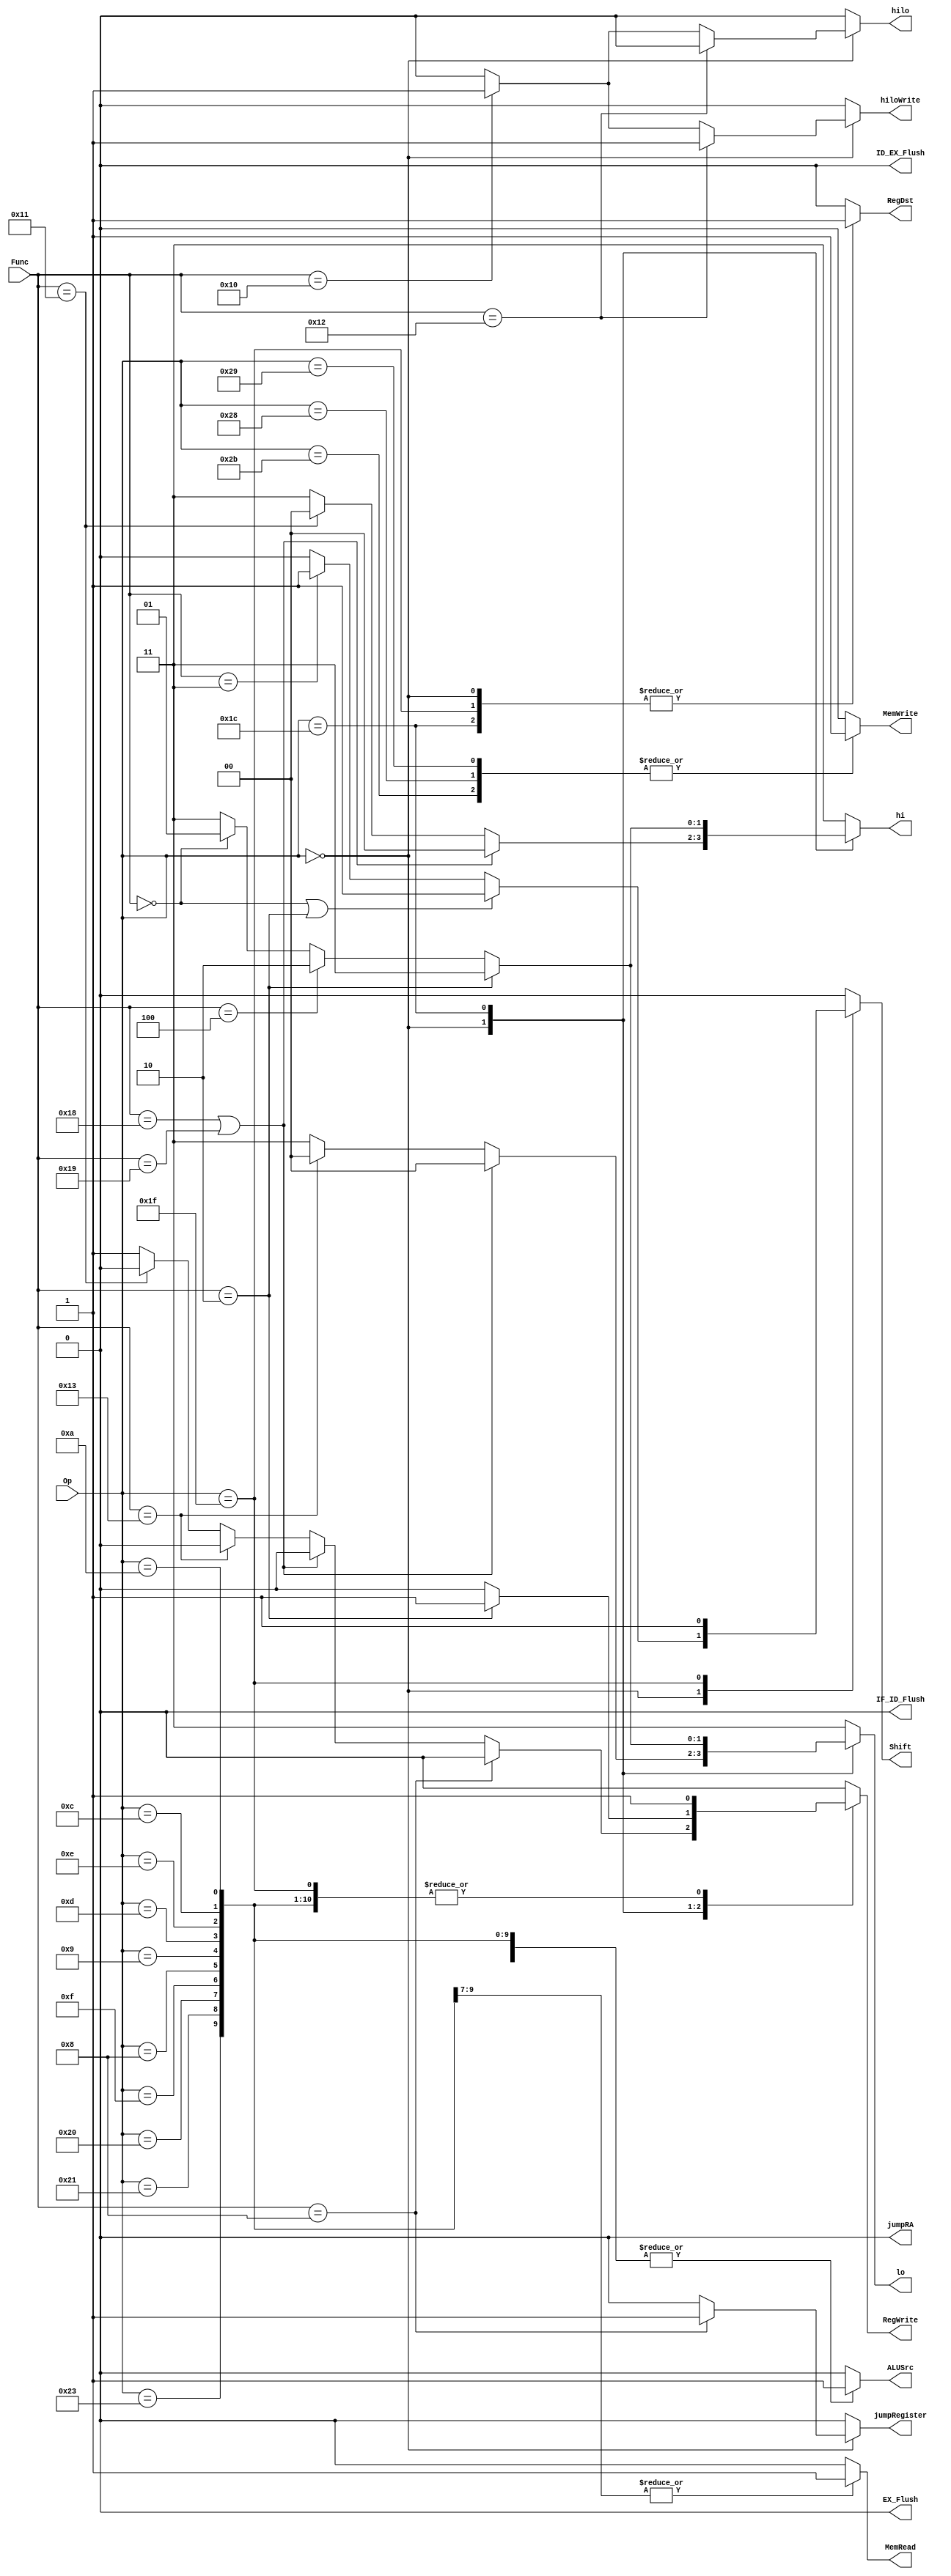
`timescale 1ns / 1ps
//////////////////////////////////////////////////////////////////////////////////
// Company: 
// Engineer: 
// 
// Design Name: 
// Module Name: Control
// Project Name: 
// Target Devices: 
// Tool Versions: 
// Description: 
// 
// Dependencies: 
// 
// Revision:
// Revision 0.01 - File Created
// Additional Comments:
// 
//////////////////////////////////////////////////////////////////////////////////

/*    Control Control_1(ID_instruction[31:26], ID_instruction[5:0], ID_RegDst, ID_Shift, ID_ALUSrc, ID_RegWrite,
                      ID_hilo, ID_hi, ID_lo, ID_hilowrite, jump, jumpRA, jumpRegister, writeRA, ID_MemRead, ID_MemWrite, IF_ID_Flush, ID_EX_Flush, EX_Flush); */

module Control(Op, Func, RegDst, Shift, ALUSrc, RegWrite, hilo, hi, lo , hiloWrite, jumpRA, jumpRegister, MemRead, MemWrite,
               IF_ID_Flush, ID_EX_Flush, EX_Flush);

input [5:0] Op, Func;
output reg [1:0] hi, lo;
output reg RegDst, Shift, ALUSrc, RegWrite, hilo, MemRead, MemWrite;
output reg hiloWrite, jumpRA, jumpRegister, IF_ID_Flush, ID_EX_Flush, EX_Flush; 


    initial begin
    
        IF_ID_Flush = 0;
        ID_EX_Flush = 0;
        EX_Flush = 0;
    end      

 
always@(Op or Func) begin
RegDst <= 0;
Shift <= 0;
ALUSrc <= 0;
RegWrite <= 0;
hilo <= 0;
hiloWrite <= 0;
jumpRegister  <= 0;
jumpRA <= 0;
MemRead <= 0;
MemWrite <= 0;
IF_ID_Flush <= 0;
ID_EX_Flush <= 0;
EX_Flush <= 0;
hi <= 2'b11;
lo <= 2'b11; //set hi lo to maintain by default
    
 
    case (Op)
    
    //R-Type
    6'b000000:
        begin
        if (Func == 6'b000000 || Func == 6'b000010) begin //SLL and ROTR, ROTR uses 21 flag
            RegWrite <= 1;
            Shift <= 1;
            RegDst <= 1;
        end
        
        else if (Func == 6'b000011) begin //SRA
            RegWrite <= 1;
            Shift <= 1;
            RegDst <= 1;
        end
        else begin
            Shift <= 0;
            RegDst <= 1;
            ALUSrc <= 0;
            RegWrite <= 1;
            hiloWrite <= 0;
            //ALUOp = 6'b000000;
        end
        
        if(Func == 6'b010001) begin //mthi
            RegWrite <= 0;
            hi <= 0;
        end
        if(Func == 6'b010011) begin //mtlo
            RegWrite <= 0; 
            lo <= 0;
        end
        
        if(Func == 6'b010000) begin //MFHI
            hilo <= 1; //set to hi out
            hiloWrite <= 1; //write from hilo
        end
        if(Func == 6'b010010) begin //MFLO
            hilo <= 0; //set to lo out
            hiloWrite <= 1; //write from hilo
        end
        if(Func == 6'b011000|Func == 6'b011001) begin //MULT & MULTU
            hi <= 0; //write to hi and lo
            lo <= 0;
            RegWrite <= 0; //don't write to reg
        end
        if(Func == 6'b001000) begin //JR
            RegWrite <= 0;
            jumpRegister <= 1;
        end
            
    end
    
    6'b100011: // lw
    begin
   // Shift = 1;
    ALUSrc <= 1 ;
    MemRead <= 1;
    RegWrite <= 1;
    end 
    
    //sw
    6'b101011: 
    begin
    MemWrite <= 1;
   // Shift = 1;
    ALUSrc <= 1;
    end
    
     // sb
    6'b101000:
    begin
    //Shift = 1;
    ALUSrc <= 1;
    MemWrite <= 1;
    end
    
    //lh
    6'b100001: 
    begin
    //keep RegDst before reg file at zero 
    //Shift = 1;
    ALUSrc <= 1;
    MemRead <= 1;
    RegWrite <= 1;
    end
    
    //lb
    6'b100000:
    begin
   // Shift = 1;
    ALUSrc <= 1; 
    MemRead <= 1;
    RegWrite <= 1;
    end
    
    //sh
    6'b101001:
    begin
   // Shift = 1;
    ALUSrc <= 1;
    MemWrite <= 1; 
    end
    
    //lui
    6'b001111:
    begin
    //Shift = 1;
    ALUSrc <= 1;
    //MemRead = 1;
    RegWrite <= 1;
    end
    
    //addi
    6'b001000:
    begin
        Shift <= 0;
        RegDst <= 0;
        ALUSrc <= 1;
        RegWrite <= 1;
        //ALUOp = 6'b000001;
    end
    
    //addiu
    6'b001001:    
    begin
        Shift <= 0;
        RegDst <= 0;
        ALUSrc <= 1;
        RegWrite <= 1;
        //ALUOp = 6'b000010;
    end
    
    //MADD, MSUB, MUL
    6'b011100:
    begin
        Shift <= 0;
        RegDst <= 1;
        ALUSrc <= 0;
        //ALUOp = 6'b010000;
        
        if(Func == 6'b000010) //write to reg for mul
            RegWrite <= 1;
        else begin
            RegWrite <= 0;
            if(Func == 6'b000100) begin //msub to hi, lo
                hi <= 2'b10;
                lo <= 2'b10;
            end
            else if(Func == 6'b000000) begin //madd to hi, lo
                hi <= 2'b01;
                lo <= 2'b01;
            end
        end
    end
    
    //ori
    6'b001101:
    begin
        Shift <= 0;
        RegDst <= 0;
        ALUSrc <= 1;
        RegWrite <= 1;
        //ALUOp = 6'b000110;
    end
    
    
    //xori
    6'b001110:
    begin
        Shift <= 0;
        RegDst <= 0;
        ALUSrc <= 1;
        RegWrite <= 1;
        //ALUOp = 6'b100000;
    end
    
    //andi
    6'b001100:
    begin
        Shift <= 0;
        RegDst <= 0;
        ALUSrc <= 1;
        RegWrite <=1 ;
        //ALUOp = 6'b100011;
    end
    
    
    //slti
    6'b001010:
    begin
        Shift <= 0;
        RegDst <= 0;
        ALUSrc <= 1;
        RegWrite <= 1;
        //ALUOp = 6'b100101;
    end
    
    
    //seh and seb
    6'b011111:
    begin
        Shift <= 1;
        RegDst <= 1;
        ALUSrc <= 0;
        RegWrite <= 1;
        //ALUOp = 6'b110000;
    end
    
    /*
    6'b000011: begin //JAL
        IF_ID_Flush <= 1;
        RegWrite <= 0;
        jump <= 1;
        writeRA <= 1;
    end*/
    
    endcase
end
endmodule